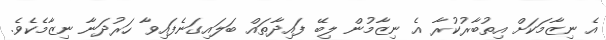
އެ ނިޒާމަކަށް އިތުބާރުކުރާ އެ ނިޒާމުން ލިބޭ ފައިދާތައް ބަލައިގަނެފައިވާ ހަރުދަނާ ނިޒާމެކެވެ.